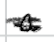
Text: a
Cross-out: scratch
Writing tool: digital_black